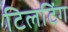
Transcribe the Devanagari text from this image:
टिलटिंग